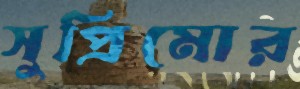
সুপ্রিমোর